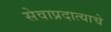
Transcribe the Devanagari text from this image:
सेवाप्रदात्याचे